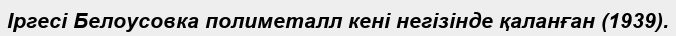
Іргесі Белоусовка полиметалл кені негізінде қаланған (1939).